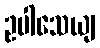
ဥပါသေယျ